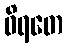
ဝိရတေ